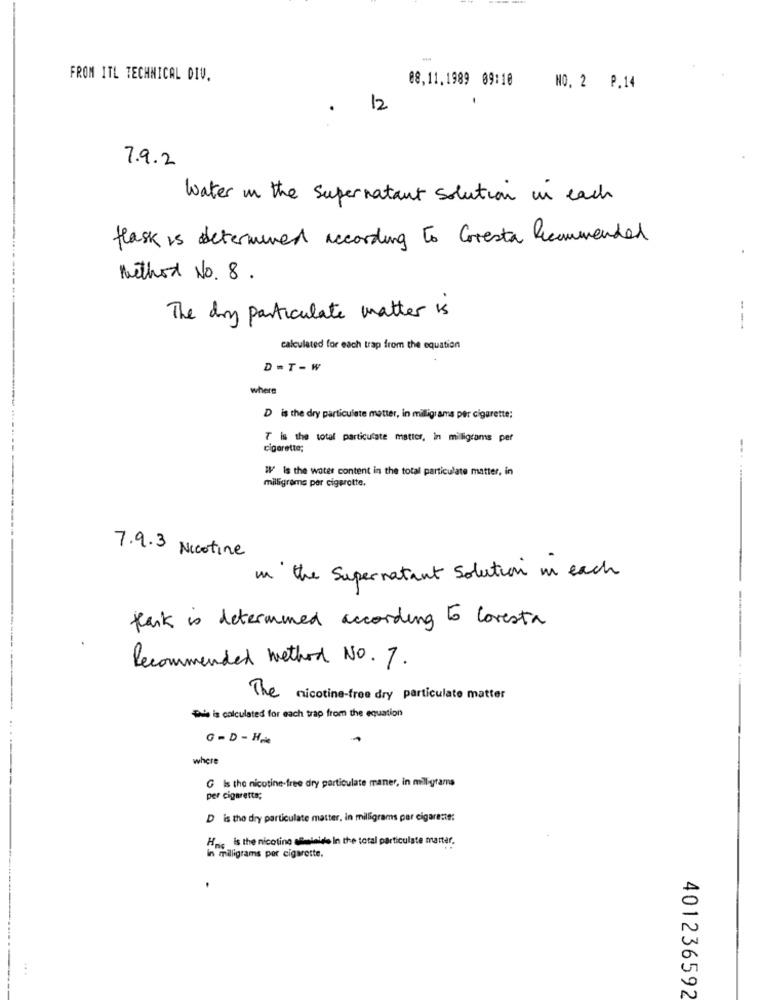
-
FROM ITL TECHNICAL DIV.
08,11.1989 09:10
NO. 2 P.14
12
7.9.2
Water in the Supernatant solution in each
flask is determined according to Coresta Recommended
Method No. 8.
The day particulate matter is
---
calculated for each trap from the equation
D=T-W
where
D is the dry particulate matter, in milligrams per cigarette;
7 is the total particulate matter, in milligrams per
cigarette;
# Is the water content in the total particulate matter, in
milligrams per cigprotte.
---
7.9.3 Nicotine
in the Supernatant Solution im each
park is determined according to loresta
Recommended method No. 7.
The nicotine-free dry particulate matter
The is calculated for each trap from the equation
G - D - Hele
where
G Is the nicotine-free dry particulate maner, in milligrams
per cigaretta;
D is the dry particulate matter, in milligrams per cigarette:
HnG is the nicotine alinields In the total particulate matter.
In milligrams por cigarette.
401236592